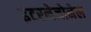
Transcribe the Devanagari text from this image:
इंटरनेजोनेल